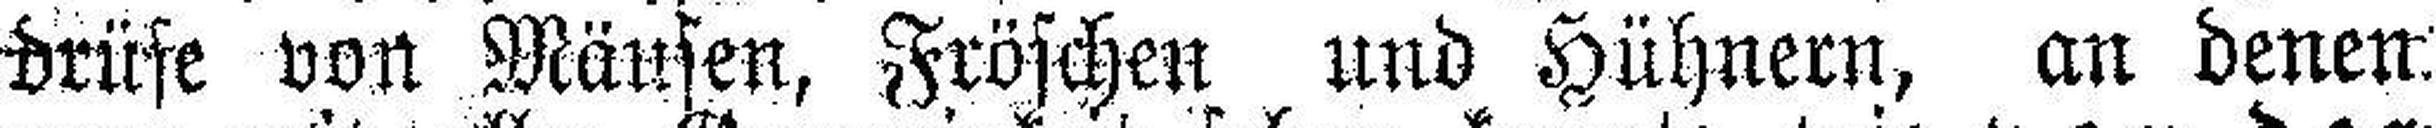
drüse von Mäusen, Fröschen und Hühnern, an denen